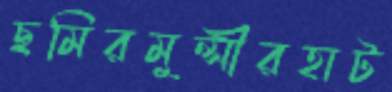
ছমিরমুন্সীরহাট